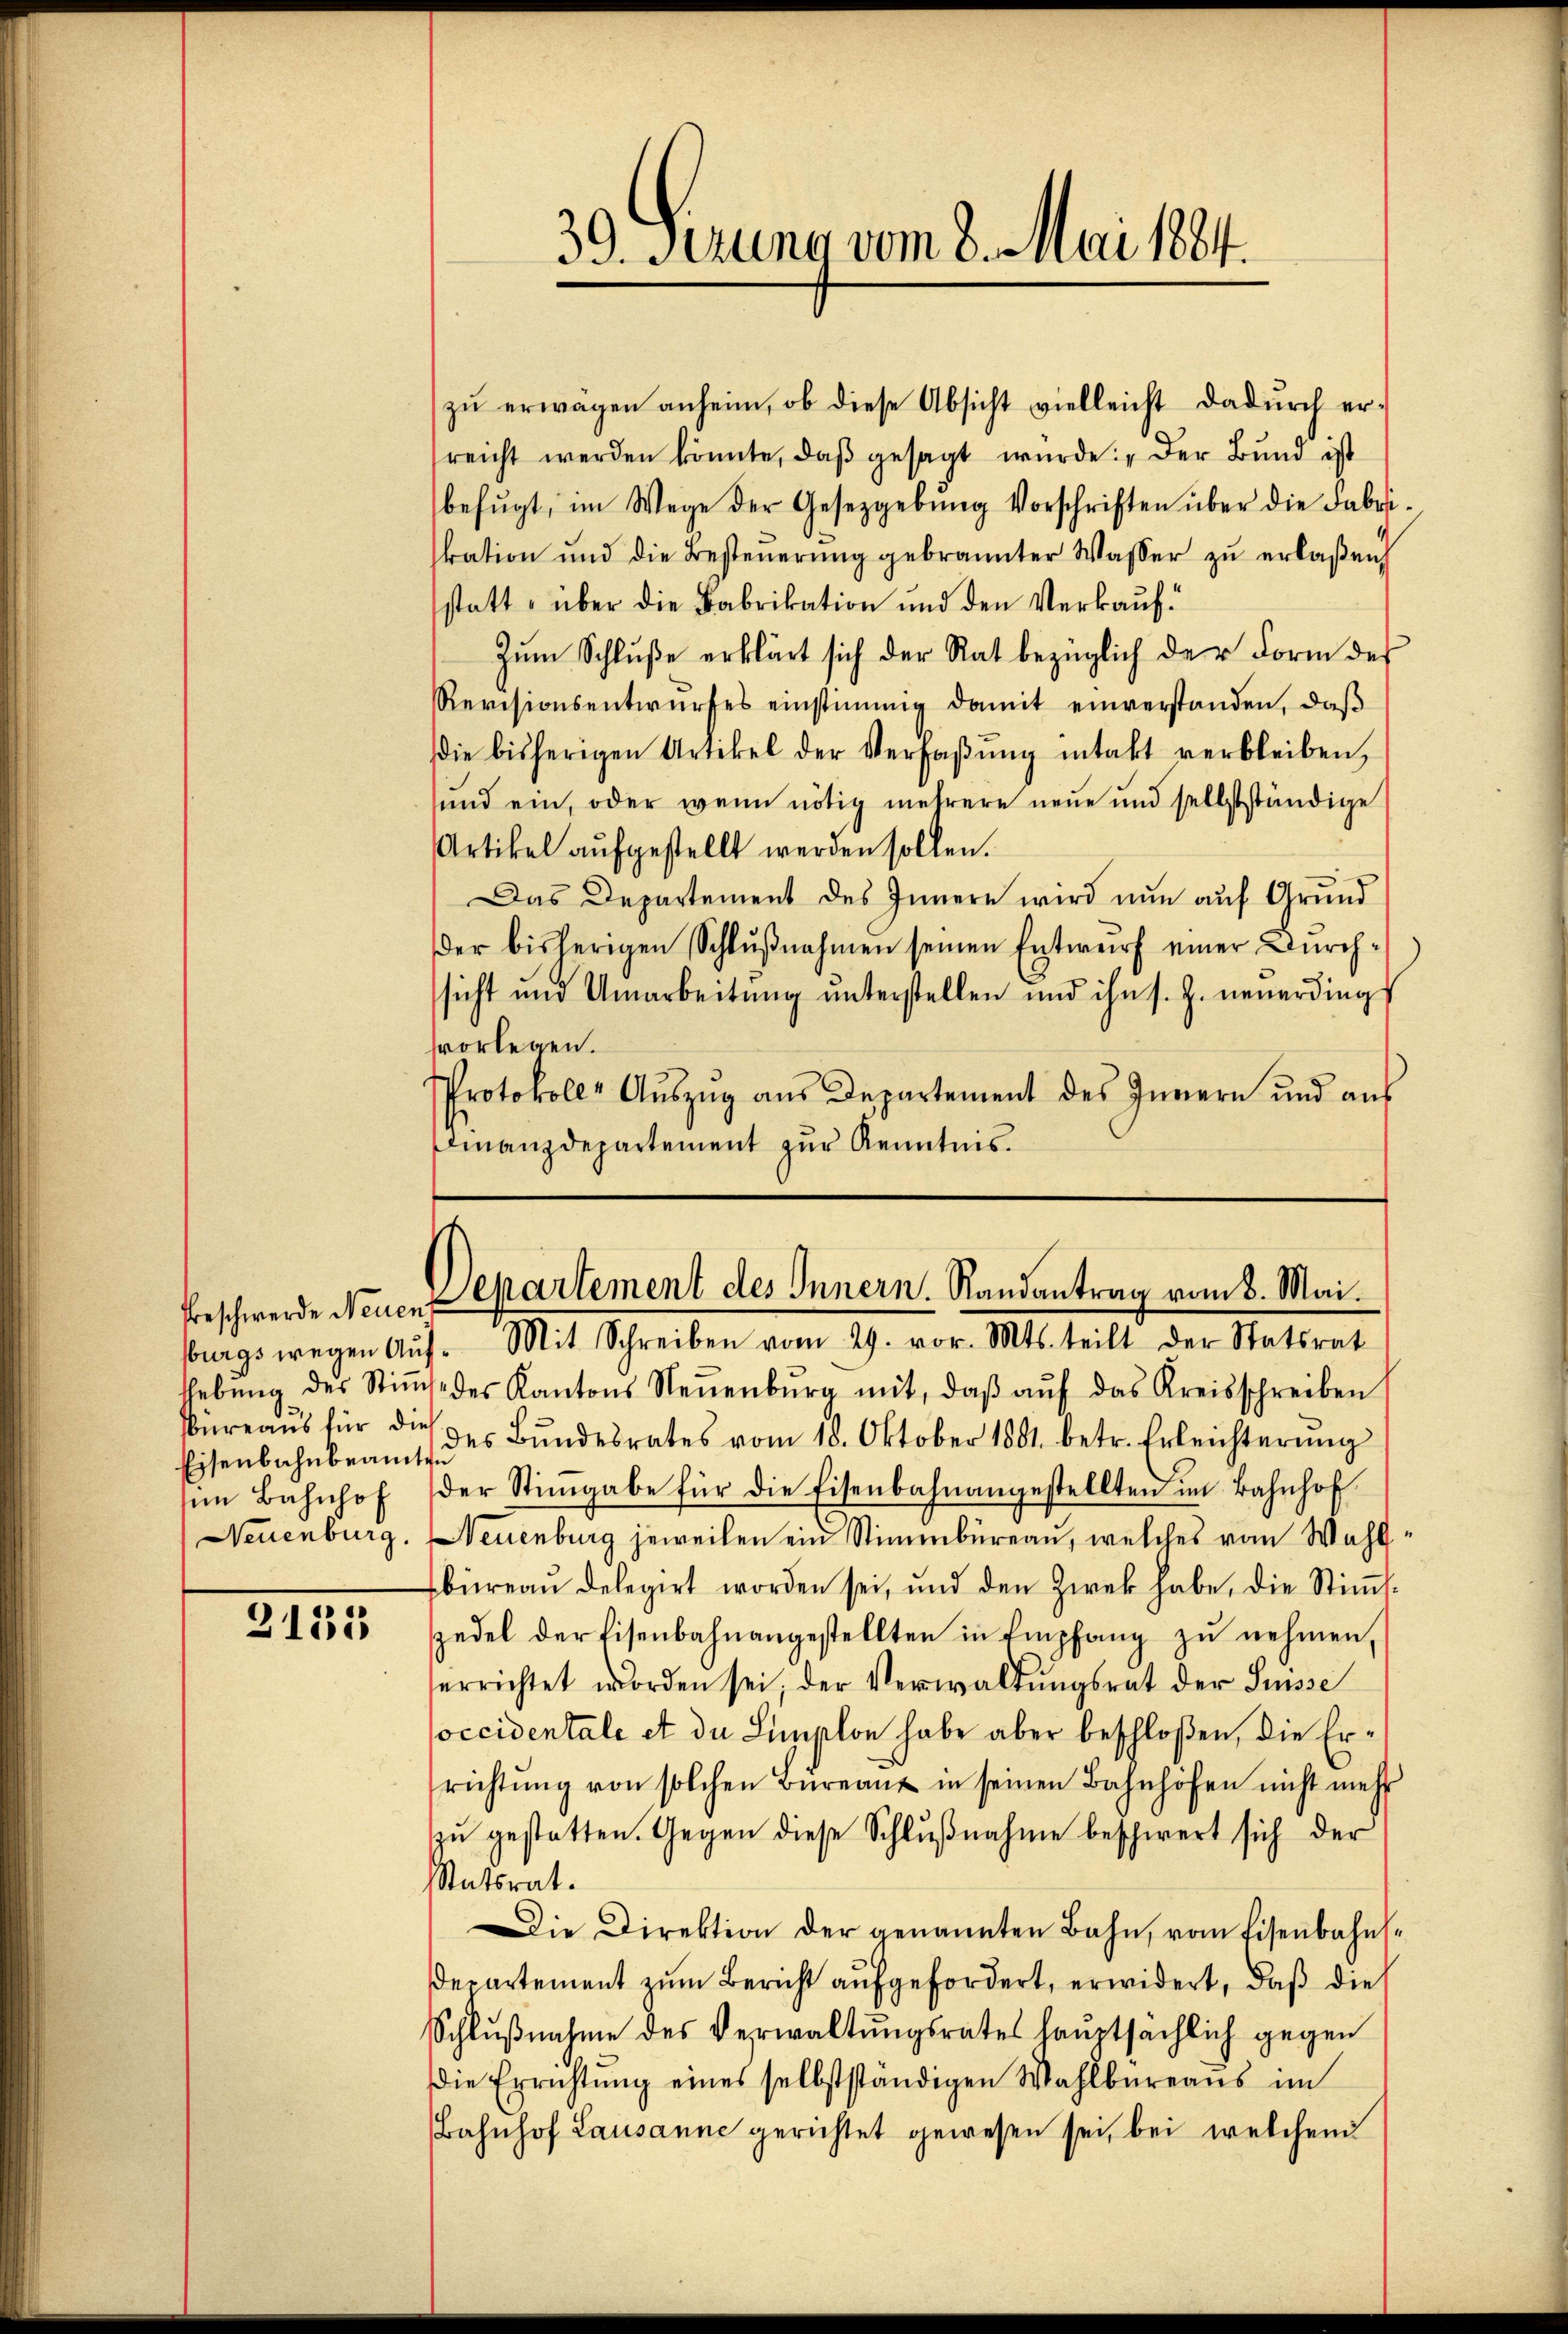
Eisenbahnbeamte
im Bahnhof
Neuenburg.

3133

zu erwagen anheim, ob diese Absicht vielleicht dadurch erreicht werden könnte, daß gesagt wurde: „Der Bund ist
befŭgt, im Wege der Gesetzgebung Vorschriften über die Fabri-
kation und die Besteŭerŭng gebrannter Wasser zŭ erlaßen
statt, über die Fabrikation und den Verkauf¬
Zum Schluße erklärt sich der Rat bezüglich der Form der
Revisionsentwŭrfes einstimmig damit einverstanden, daβ
die bisherigen Artikel der Verfaβŭng intakt verbleiben,
sund ein, oder wenn nötig mehrere neue und selbstständige
Artikel aufgestellt werden sollen.
Das Departement des Innern wird nun auf Grund
der bisherigen Schlŭβnahmen seinen Entwurf einer Durchsicht und Umarbeitung unterstellen und ihn s. Z. neuerdings
svorlegen.
Protokoll- Aŭszŭg aŭs Departement des Innern und aŭs
Finanzdepartement zur Kenntnis.

39. Serung vom 8. Mai 1884.

Beschwerde Neuen partement des Innern. Randantrag vom 8. Mai.

burgs wegen Aŭf- Mit Schreiben vom 29. vor. Mts. teilt der Statsrat
thebŭng des Stiṁe des Kantons Neŭenbŭrg mit, daβ aŭf das Kreisschreiben
büreaŭs für die des Bŭndesrates vom 18. Oktober 1881. betr. Erleichterŭng
der Stimgabe für die Eisenbahnangestellten im Bahnhof
Neuenburg jeweilen ein Stimmbüreau, welches vom Wahl
büreau delegirt worden sei, und den Zwek habe, die Stiṁ-
spedel der Eisenbahnangestellten in Empfang zŭ nehmen,
serrichtet worden sei, der Verwaltŭngsrat der Suisse
soccidentale et du Limplon habe aber beschloßen, die Errichtŭng von solchen Büreaŭ in seinen Bahnhöfen nicht mehr
zŭ gestatten. Gegen diese Schlŭβnahme beschwert sich der
Statsrat.
Die Direktion der genannten Bahn, vom Eisenbahns-
Departement zum Bericht aufgefordert, erwidert, daß die
Schlŭβnahme des Verwaltŭngsrates haŭptsächlich gegen
Die Errichtŭng eines selbstständigen Wahlbüreaŭs im
Bahnhof Lausanne gerichtet gewesen sei, bei welchem